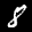
Label: 8